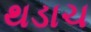
થડાચ